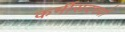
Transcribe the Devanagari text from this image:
कर्मीसदस्यों